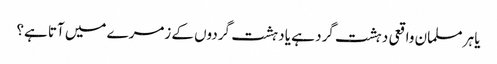
یا ہر مسلمان واقعی دہشت گرد ہے یا دہشت گردوں کے زمرے میں آتا ہے؟